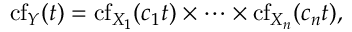
\operatorname { c f } _ { Y } ( t ) = \operatorname { c f } _ { X _ { 1 } } ( c _ { 1 } t ) \times \cdots \times \operatorname { c f } _ { X _ { n } } ( c _ { n } t ) ,